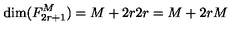
\mathrm { d i m } ( F _ { 2 r + 1 } ^ { M } ) = { \binom { M + 2 r } { 2 r } } = { \binom { M + 2 r } { M } }